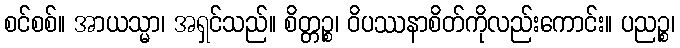
စင်စစ်။ အာယသ္မာ၊ အရှင်သည်။ စိတ္တဉ္စ၊ ဝိပဿနာစိတ်ကိုလည်းကောင်း။ ပညဉ္စ၊